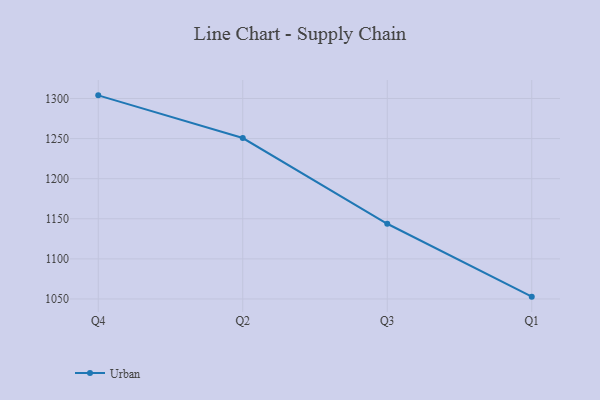
{"axis": {"x": "Quarter", "y": "Active Users"}, "legend": ["Urban"], "data": [{"x": "Q4", "y": 1303.9, "type": "Urban"}, {"x": "Q2", "y": 1250.7, "type": "Urban"}, {"x": "Q3", "y": 1143.8, "type": "Urban"}, {"x": "Q1", "y": 1052.9, "type": "Urban"}]}